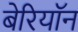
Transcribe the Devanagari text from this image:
बेरियॉन